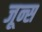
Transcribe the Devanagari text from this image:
जून्स